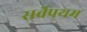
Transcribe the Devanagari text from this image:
सर्वेप्रथम